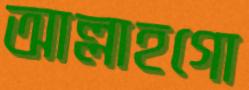
আল্লাহগো